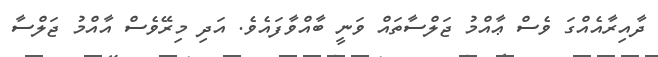
ދާއިރާއެއްގަ ވެސް ޢާއްމު ޖަލްސާތައް ވަނީ ބާއްވާފައެވެ. އަދި މިރޭވެސް އާއްމު ޖަލްސާ